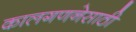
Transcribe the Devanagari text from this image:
कालगणनेसाठी